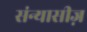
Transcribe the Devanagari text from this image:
संन्यासीज़